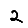
Digit: 2